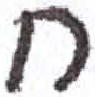
אות: ח